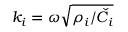
k _ { i } = \omega { \sqrt { \rho _ { i } / \check { C } _ { i } } }